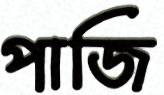
পাজি